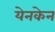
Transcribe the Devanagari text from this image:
येनकेन